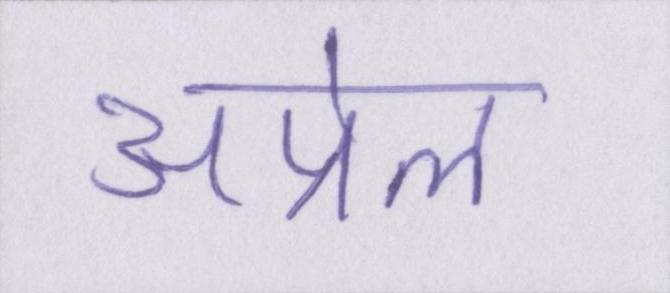
अप्रेल